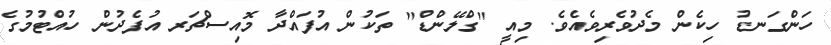
ހަންގަނޑު ހިކެން މެދުވެރިވެއެވެ. މިއީ "ގްލޭންޑް" ތަކުން އުފައްދާ މޮއިސްޗަރ އުފެދުން ހުއްޓުމުގެ